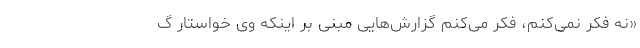
«نه فکر نمی‌کنم، فکر می‌کنم گزارش‌هایی مبنی بر اینکه وی خواستار گ